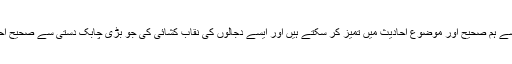
ایسے اصول و ضوابط مقرر کئے جن کی مدد سے ہم صحیح اور موضوع احادیث میں تمیز کر سکتے ہیں اور ایسے دجالوں کی نقاب کشائی کی جو بڑی چابک دستی سے صحیح احادیث میں موضوع احادیث ملا دیا کرتے تھے۔